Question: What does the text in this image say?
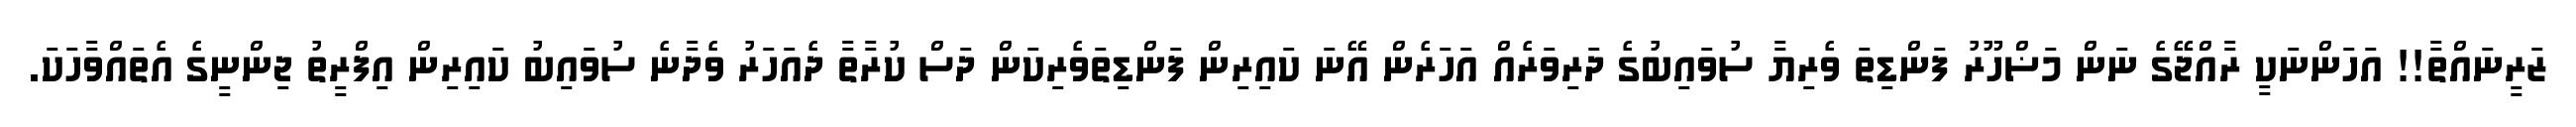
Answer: ޒަރީނައްތާ!! އަހަންނަކީ ރާއްޖޭގެ ނަން މަޟްހޫރު ފަންޑިތަ ވެރިޔާ ސުވައިބުގެ ދަރިވަރެއް އަހަރެން އޭނަ ކައިރިން ފަންޑިތަވެރިކަން ދަސް ކުރާތާ ދެއަހަރު ވެދާނެ ސުވައިބު ކައިރިން އިފްރީތު ޖިންނީގެ އެތައްވާހަކަ.